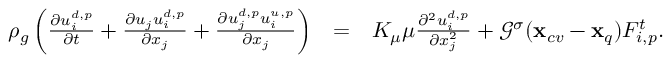
\begin{array} { r l r } { \rho _ { g } \left( \frac { \partial u _ { i } ^ { d , p } } { \partial t } + \frac { \partial u _ { j } u _ { i } ^ { d , p } } { \partial x _ { j } } + \frac { \partial u _ { j } ^ { d , p } u _ { i } ^ { u , p } } { \partial x _ { j } } \right) } & { = } & { { K _ { \mu } \mu } \frac { \partial ^ { 2 } { u _ { i } ^ { d , p } } } { \partial x _ { j } ^ { 2 } } + { \mathcal G } ^ { \sigma } ( \mathbf { x } _ { c v } - \mathbf { x } _ { q } ) F _ { i , p } ^ { t } . } \end{array}